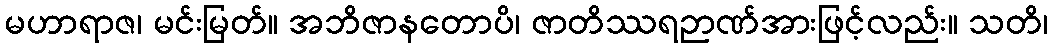
မဟာရာဇ၊ မင်းမြတ်။ အဘိဇာနတောပိ၊ ဇာတိဿရဉာဏ်အားဖြင့်လည်း။ သတိ၊